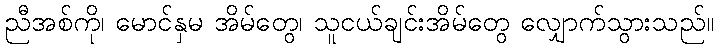
ညီအစ်ကို၊ မောင်နှမ အိမ်တွေ၊ သူငယ်ချင်းအိမ်တွေ လျှောက်သွားသည်။